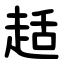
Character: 趏